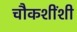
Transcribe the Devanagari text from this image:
चौकशींशी